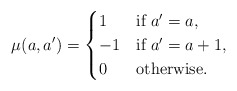
\begin{align*} \mu(a, a') = \begin{cases} 1 & \mbox{if } a' = a, \\ -1 & \mbox{if } a' = a + 1, \\ 0 & \mbox{otherwise}. \end{cases} \end{align*}